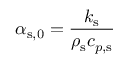
\alpha _ { \mathrm { s , 0 } } = \frac { k _ { \mathrm { s } } } { \rho _ { \mathrm { s } } c _ { p , \mathrm { s } } }